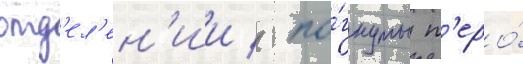
отд'ел'ен'ии / по́гнуты п'еро́